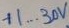
Text: +1...30V